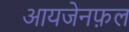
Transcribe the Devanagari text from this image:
आयजेनफ़ल